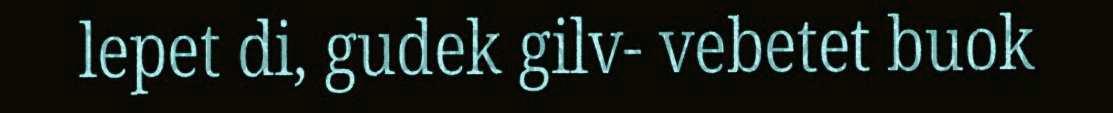
lepet di, gudek gilv- vebetet buok